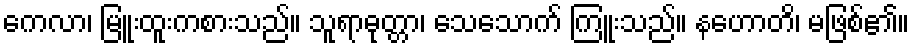
ကေလာ၊ မြူးထူးကစားသည်။ သူရာဓုတ္တာ၊ သေသောက် ကြူးသည်။ နဟောတိ၊ မဖြစ်၏။